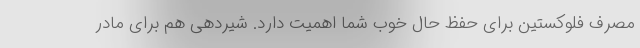
مصرف فلوکستین برای حفظ حال خوب شما اهمیت دارد. شیردهی هم برای مادر